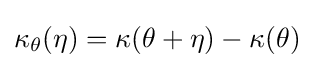
\kappa _{\theta }(\eta )=\kappa (\theta +\eta )-\kappa (\theta )